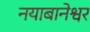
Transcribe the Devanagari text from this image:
नयाबानेश्वर